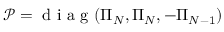
\mathcal { P } = \textrm { d i a g } ( \Pi _ { N } , \Pi _ { N } , - \Pi _ { N - 1 } )